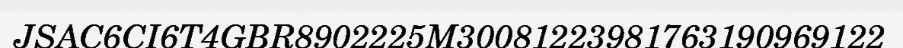
JSAC6CI6T4GBR8902225M30081223981763190969122